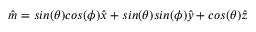
\hat { m } = s i n ( \theta ) c o s ( \phi ) \hat { x } + s i n ( \theta ) s i n ( \phi ) \hat { y } + c o s ( \theta ) \hat { z }